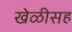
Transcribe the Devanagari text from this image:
खेळीसह